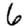
Digit: 6